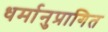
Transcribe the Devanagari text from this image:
धर्मानुप्रागित